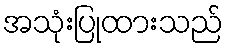
အသုံးပြုထားသည်